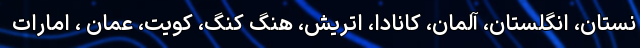
نستان، انگلستان، آلمان، کانادا، اتریش، هنگ کنگ، کویت، عمان ، امارات